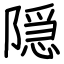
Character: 隠